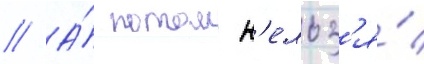
// А́ потом н'ельз'я́